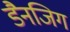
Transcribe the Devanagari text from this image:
डैनजिग